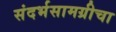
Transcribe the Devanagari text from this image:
संदर्भसामग्रीचा